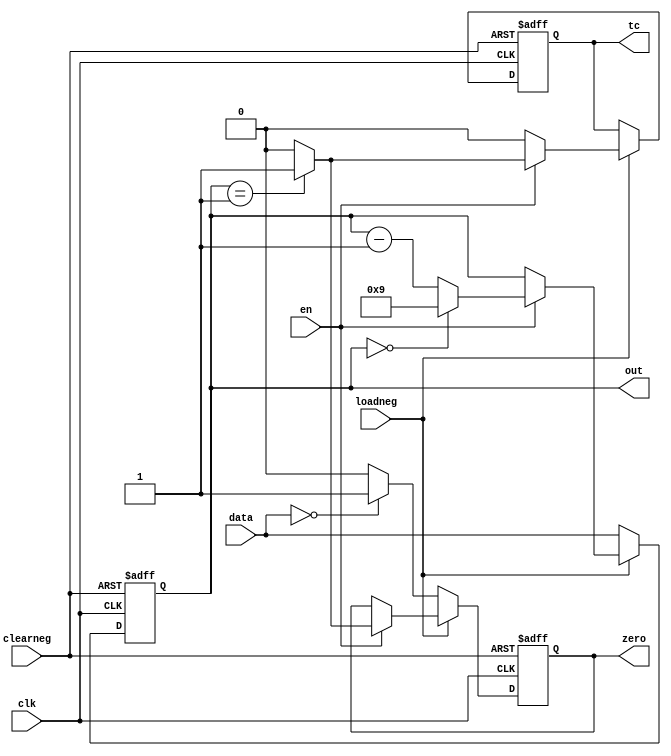
module contadormod10(input wire [3:0] data, input wire loadneg,clearneg,clk,en,output reg [3:0] out,output reg tc,zero);
initial begin
	out<=0;
	zero<=1;
	tc<=0;
end
always @(posedge clk or negedge clearneg) begin
	if(!clearneg)begin
		out<=0; zero<=1; tc<=1;
	end
	else if(!loadneg)begin
		out<=data; zero<=(data==0)?1:0;
	end
	else begin
		if(en) begin
			out<=out-1;
			case(out)
				4'b0001:begin zero<=1; tc<=1; end// esta definido no 1 porque a alterao so ocorre no prximo pulso de clock
				4'b0000:begin out<=9;zero<=0; tc<=0; end// explicao anloga a da linha acima
				default:begin zero<=0; tc<=0; end
			endcase
		end
		else begin
			out<=out; tc<=0; 
		end
	end
end
endmodule